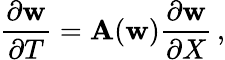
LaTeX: {\frac{\partial{\mathbf w}}{\partial T}}={\mathbf A}({\mathbf w}){\frac{\partial{\mathbf w}}{\partial X}}\, ,